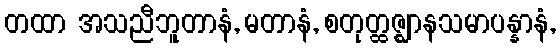
တထာ အသညီဘူတာနံ, မတာနံ, စတုတ္ထဇ္ဈာနသမာပန္နာနံ,